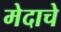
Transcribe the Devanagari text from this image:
मेदाचे